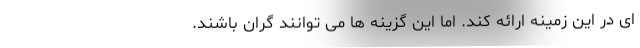
ای در این زمینه ارائه کند. اما این گزینه ها می توانند گران باشند.